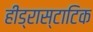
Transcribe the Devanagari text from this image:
हीड्रास्टाटिक